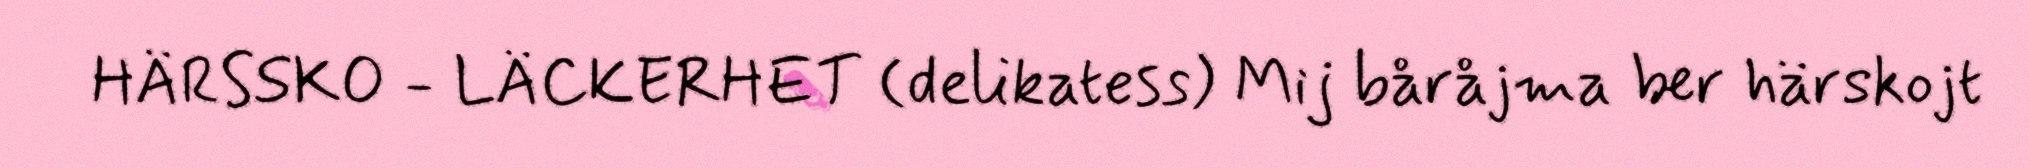
HÄRSSKO - LÄCKERHET (delikatess) Mij båråjma ber härskojt